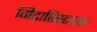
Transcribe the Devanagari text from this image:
गिटारिस्टच्या